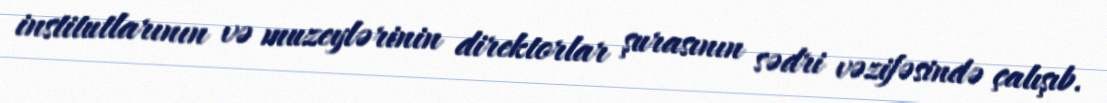
institutlarının və muzeylərinin direktorlar şurasının sədri vəzifəsində çalışıb.